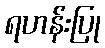
ရဟန်းပြု